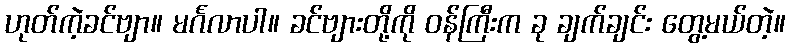
ဟုတ်ကဲ့ခင်ဗျာ။ မင်္ဂလာပါ။ ခင်ဗျားတို့ကို ဝန်ကြီးက ခု ချက်ချင်း တွေ့မယ်တဲ့။